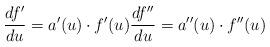
LaTeX: \begin{align*} \frac{df'}{du}=a'(u)\cdot f'(u)\frac {df''}{du}=a''(u)\cdot f''(u)\end{align*}